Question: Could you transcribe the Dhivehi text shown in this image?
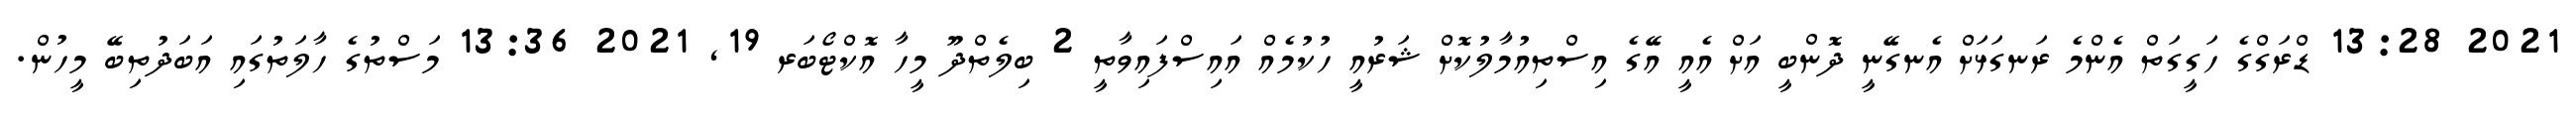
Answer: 2021 13:28 ޑްރަގްގެ ހަގީގަތް އެންމެ ރަނގަޅަށް އެނގޭނީ ދޮންބީ އަށް އެއީ އޭގެ އިސްތިއުމާލުކޮށް ޝަރުއީ ހުކުމެއް އައިސްފައިވާތީ 2 ބިލެތްދޫ މީހާ އޮކްޓޯބަރ 19, 2021 13:36 މަސްތުގެ ހާލަތުގައި އަބަދުތިބޭ މީހުން.